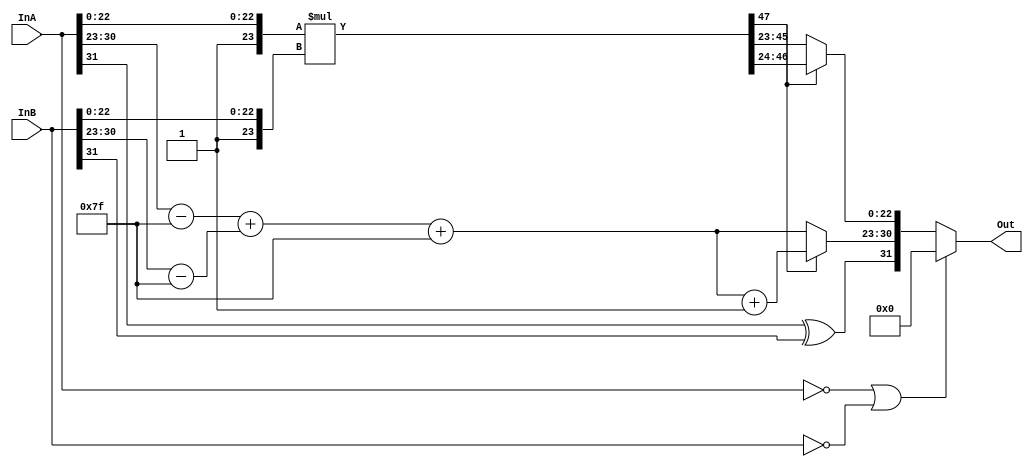
module PhepNhan_Floating_Point(Out, InA, InB);

	output [31:0] Out;
	input [31:0] InA, InB;
	reg [31:0] Out;
	reg sign;
	reg [7:0] expA, expB, PhanMu, expTemp;
	reg [47:0] mantise, mantiseB, mantiseA;
	reg [22:0]mantiseTemp;
	
	always @(*)
	begin
	sign = 1'b0;
	expA = 8'b0; expB = 8'b0; PhanMu = 8'b0; expTemp = 8'b0;
	mantise = 48'b0; mantiseB = 48'b0; mantiseA = 48'b0;
	mantiseTemp = 23'b0;
	
	if (InA == 32'b0 || InB == 32'b0)
			Out = 32'b0;
	else 
	begin
		sign = InA[31] ^ InB[31];
		expA = InA[30:23];
		expB = InB[30:23];
		mantiseA = {24'b0, 1'b1, InA[22:0]};
		mantiseB = {24'b0, 1'b1, InB[22:0]};
		PhanMu = (expA - 8'd127) + (expB - 8'd127) + 8'd127;
		mantise = mantiseA * mantiseB;
		// ---------
		begin
			if (mantise[47] == 1'b1)
			begin
				mantiseTemp = {mantise[46:24]};
				expTemp = PhanMu + 8'b1;
			end
			else
			begin
				mantiseTemp = {mantise[45:23]};
				expTemp = PhanMu;
			end
		end
		
		Out = {sign, expTemp, mantiseTemp};
	end
	end
endmodule